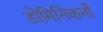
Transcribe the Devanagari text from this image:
डोमिनिकनों